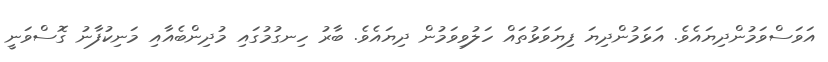
އަވަސްވަމުންދިޔައެވެ. އަޅަމުންދިޔަ ފިޔަވަޅުތައް ހަލުވިވަމުން ދިޔައެވެ. ބާރު ހިނގުމުގައި މުދިންބެއާއި މަނިކުފާނު ގޮސްވަނީ